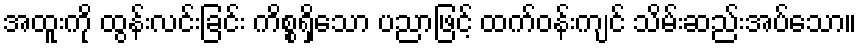
အထူးကို ထွန်းလင်းခြင်း ကိစ္စရှိသော ပညာဖြင့် ထက်ဝန်းကျင် သိမ်းဆည်းအပ်သော။